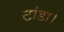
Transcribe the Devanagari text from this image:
टांडा।